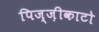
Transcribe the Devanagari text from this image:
पिज्ज़ीकाटो